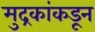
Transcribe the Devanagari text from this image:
मुद्रकांकडून